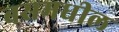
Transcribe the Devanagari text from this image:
बसमधील